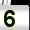
Digit: 5